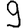
Digit: 9